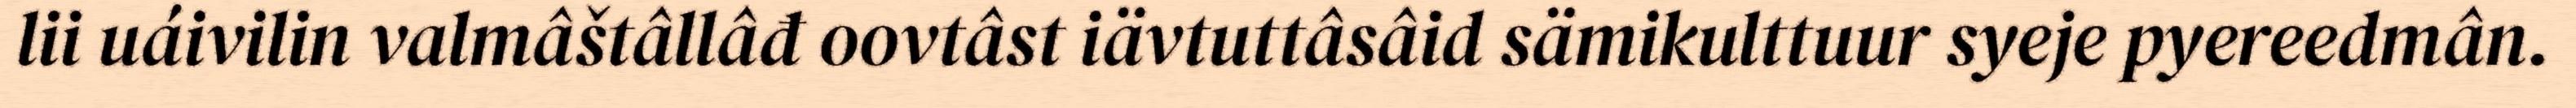
lii uáivilin valmâštâllâđ oovtâst iävtuttâsâid sämikulttuur syeje pyereedmân.